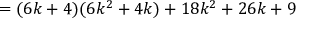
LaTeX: = ( 6 k + 4 ) ( 6 k ^ { 2 } + 4 k ) + 1 8 k ^ { 2 } + 2 6 k + 9